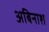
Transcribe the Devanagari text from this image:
अबिनाश